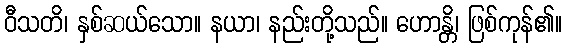
ဝီသတိ၊ နှစ်ဆယ်သော။ နယာ၊ နည်းတို့သည်။ ဟောန္တိ၊ ဖြစ်ကုန်၏။